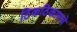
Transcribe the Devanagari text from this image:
ठिकठिकाणचे